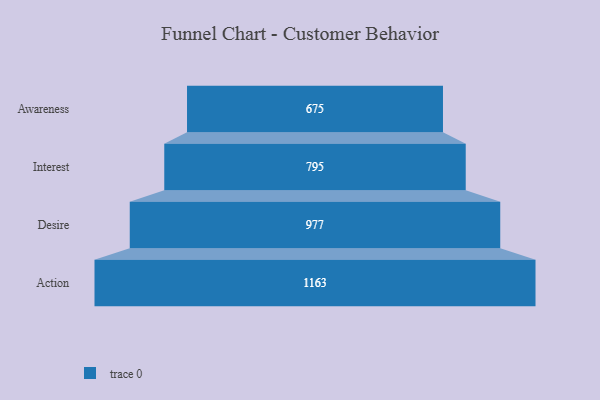
{"axis": {"x": "Stage", "y": "Value"}, "legend": [""], "data": [{"x": "Awareness", "y": 675.0, "type": ""}, {"x": "Interest", "y": 795.0, "type": ""}, {"x": "Desire", "y": 977.0, "type": ""}, {"x": "Action", "y": 1163.0, "type": ""}]}